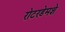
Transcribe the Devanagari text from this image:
रोटरडेमशे